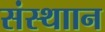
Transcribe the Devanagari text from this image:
संस्थाान